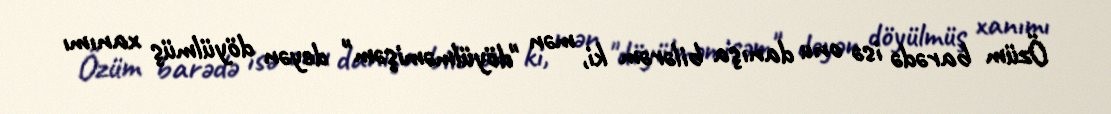
Özüm barədə isə onu danışa bilərəm ki, mən "döyülməmişəm" deyən döyülmüş xanımı